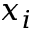
x _ { i }